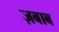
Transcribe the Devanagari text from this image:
ज़बाब